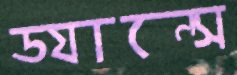
ড্যান্সে